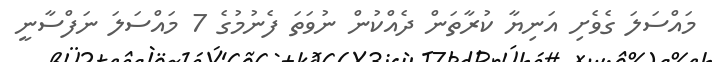
މައްސަލަ ގެވެށި އަނިޔާ ކުރާތަން ދެއްކުން ނުވަތަ ފެނުމުގެ 7 މައްސަލަ ނަފްސާނީ